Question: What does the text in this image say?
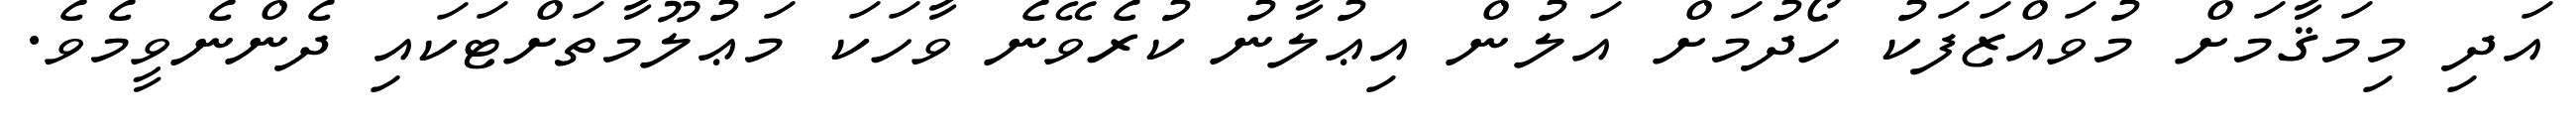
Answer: އަދި މިމަޤާމަށް މުވައްޒަފަކު ހޯދުމަށް އަލުން އިޢުލާނު ކުރެވޭނެ ވާހަކަ މަޢުލޫމާތަށްޓަކައި ދެންނެވީމެވެ.